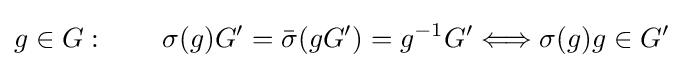
g\in G:\qquad \sigma (g)G'={\bar {\sigma }}(gG')=g^{-1}G'\Longleftrightarrow \sigma (g)g\in G'